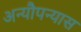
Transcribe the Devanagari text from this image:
अन्यौपन्यास